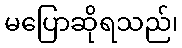
မပြောဆိုရသည်၊